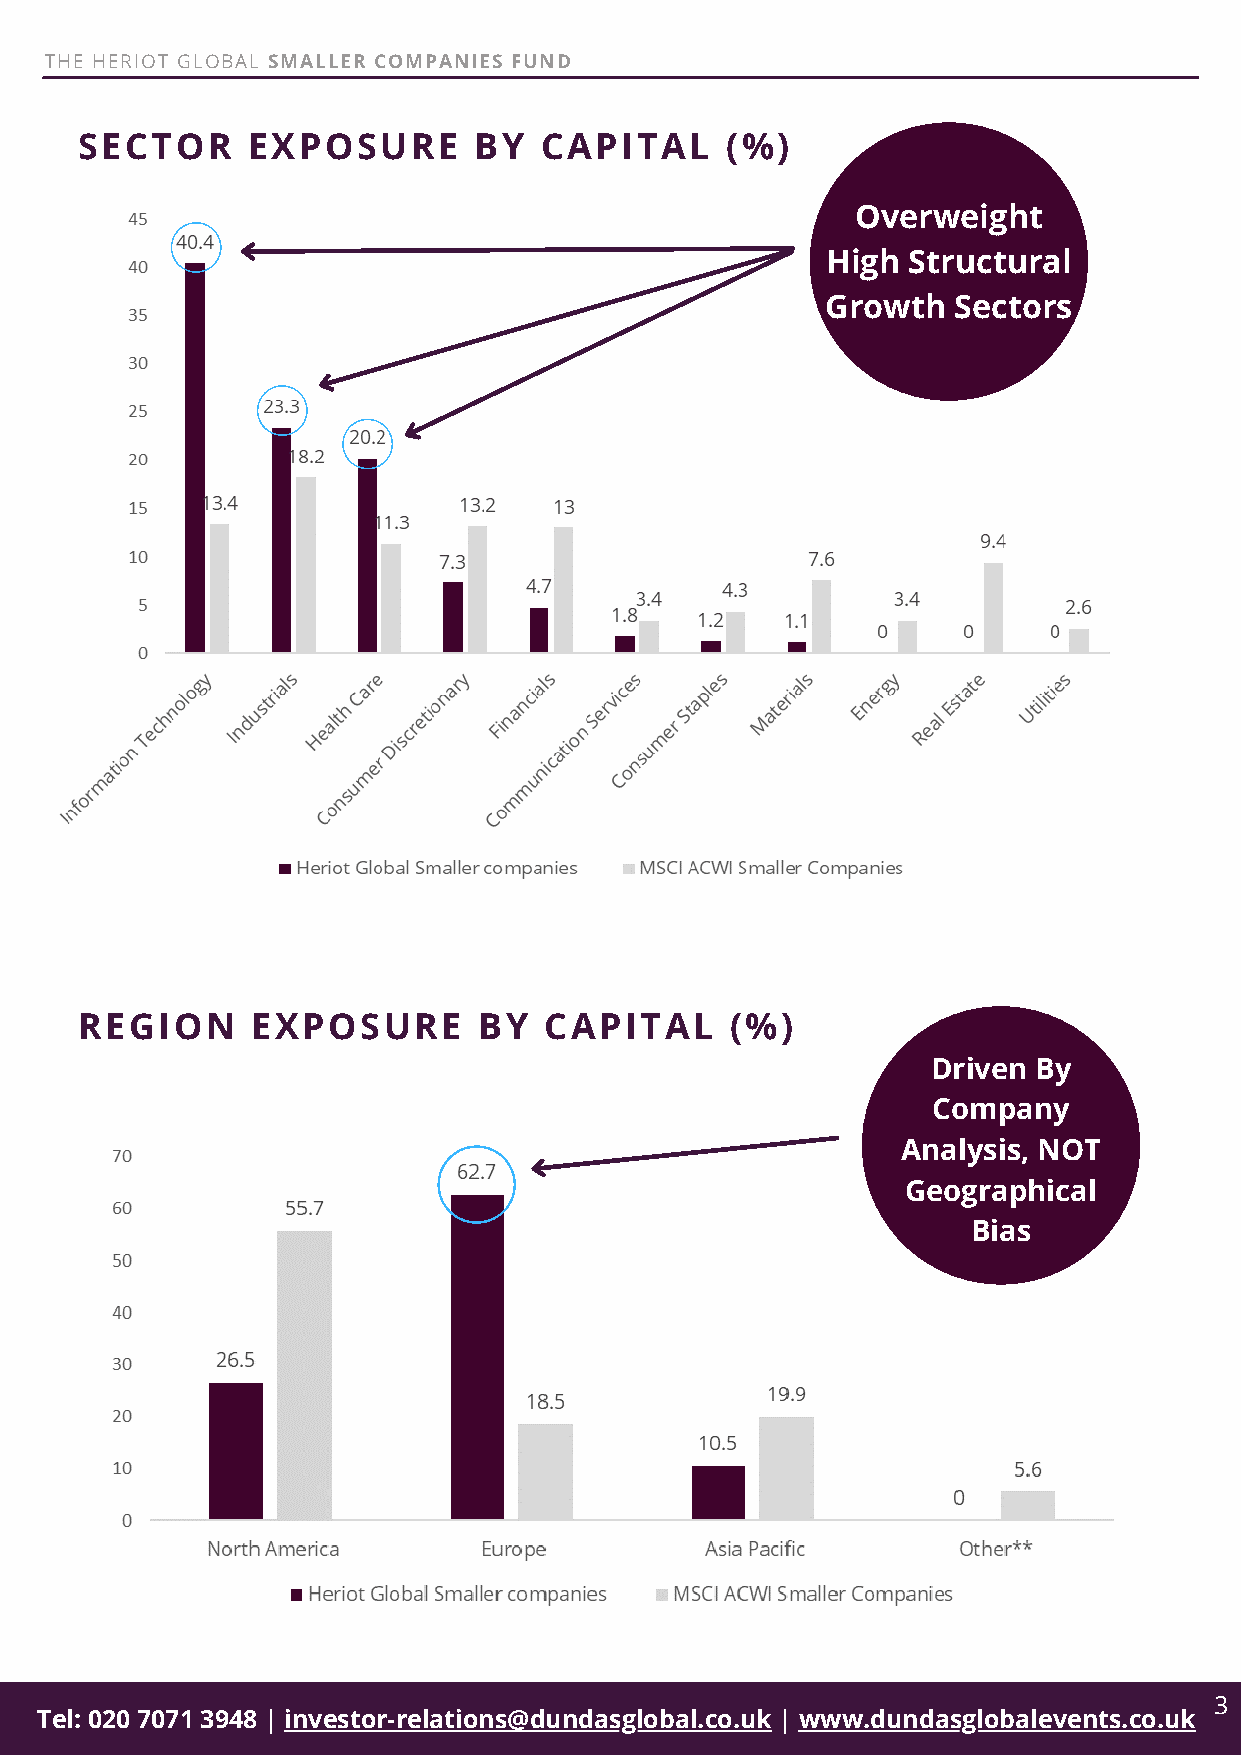
THE HERIOT GLOBAL SMALLER COMPANIES FUND
 SECTOR     EXPOSURE       BY   CAPITAL     (%)
 Overweight
 High Structural
 Growth  Sectors
 REGION      EXPOSURE       BY  CAPITAL     (%)
 Driven By
 Company
 Analysis, NOT
 Geographical
 Bias
 3
 Tel: 020 7071 3948 | investor-relations@dundasglobal.co.uk | www.dundasglobalevents.co.uk